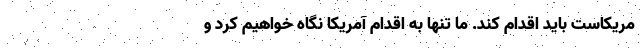
مریکاست باید اقدام کند. ما تنها به اقدام آمریکا نگاه خواهیم کرد و